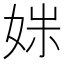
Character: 𫰩